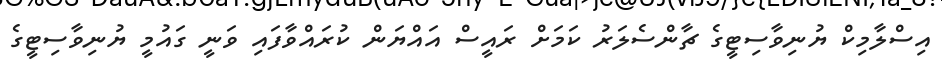
އިސްލާމިކް ޔުނިވާސިޓީގެ ޗާންސެލަރު ކަމަށް ރައީސް އައްޔަން ކުރައްވާފައި ވަނީ ގައުމީ ޔުނިވާސިޓީގެ